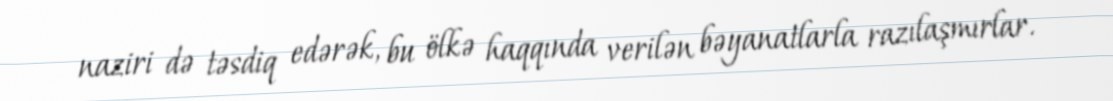
naziri də təsdiq edərək, bu ölkə haqqında verilən bəyanatlarla razılaşmırlar.